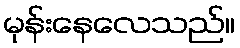
မုန်းနေလေသည်။